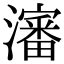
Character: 瀋